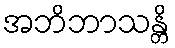
အဘိဘာသန္တိ